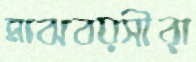
মাঝবয়সীরা